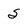
Character: s